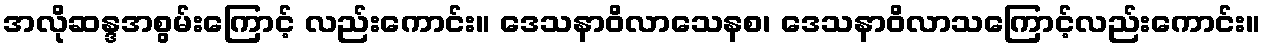
အလိုဆန္ဒအစွမ်းကြောင့် လည်းကောင်း။ ဒေသနာဝိလာသေနစ၊ ဒေသနာဝိလာသကြောင့်လည်းကောင်း။